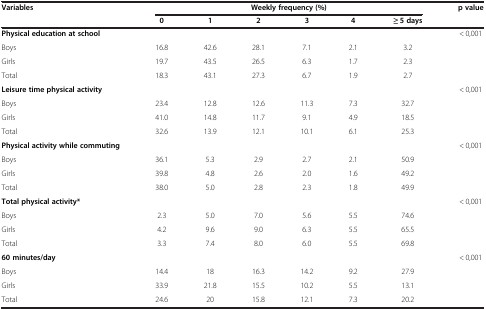
| Variables | <COLSPAN=6> Weekly frequency (%) | p value |
 |  | 0 | 1 | 2 | 3 | 4 | ≥ 5 days |  |
 | --- | --- | --- | --- | --- | --- | --- | --- |
 | Physical education at school |  |  |  |  |  |  | < 0,001 |
 | Boys | 16.8 | 42.6 | 28.1 | 7.1 | 2.1 | 3.2 |  |
 | Girls | 19.7 | 43.5 | 26.5 | 6.3 | 1.7 | 2.3 |  |
 | Total | 18.3 | 43.1 | 27.3 | 6.7 | 1.9 | 2.7 |  |
 | Leisure time physical activity |  |  |  |  |  |  | < 0,001 |
 | Boys | 23.4 | 12.8 | 12.6 | 11.3 | 7.3 | 32.7 |  |
 | Girls | 41.0 | 14.8 | 11.7 | 9.1 | 4.9 | 18.5 |  |
 | Total | 32.6 | 13.9 | 12.1 | 10.1 | 6.1 | 25.3 |  |
 | Physical activity while commuting |  |  |  |  |  |  | < 0,001 |
 | Boys | 36.1 | 5.3 | 2.9 | 2.7 | 2.1 | 50.9 |  |
 | Girls | 39.8 | 4.8 | 2.6 | 2.0 | 1.6 | 49.2 |  |
 | Total | 38.0 | 5.0 | 2.8 | 2.3 | 1.8 | 49.9 |  |
 | Total physical activity* |  |  |  |  |  |  | < 0,001 |
 | Boys | 2.3 | 5.0 | 7.0 | 5.6 | 5.5 | 74.6 |  |
 | Girls | 4.2 | 9.6 | 9.0 | 6.3 | 5.5 | 65.5 |  |
 | Total | 3.3 | 7.4 | 8.0 | 6.0 | 5.5 | 69.8 |  |
 | 60 minutes/day |  |  |  |  |  |  | < 0,001 |
 | Boys | 14.4 | 18 | 16.3 | 14.2 | 9.2 | 27.9 |  |
 | Girls | 33.9 | 21.8 | 15.5 | 10.2 | 5.5 | 13.1 |  |
 | Total | 24.6 | 20 | 15.8 | 12.1 | 7.3 | 20.2 |  |